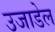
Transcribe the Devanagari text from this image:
उजाडेल